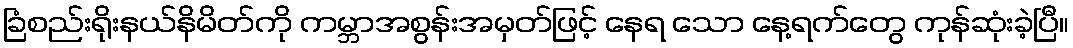
ခြံစည်းရိုးနယ်နိမိတ်ကို ကမ္ဘာအစွန်းအမှတ်ဖြင့် နေရ သော နေ့ရက်တွေ ကုန်ဆုံးခဲ့ပြီ။